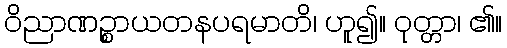
ဝိညာဏဉ္စာယတနပရမာတိ၊ ဟူ၍။ ဝုတ္တာ၊ ၏။